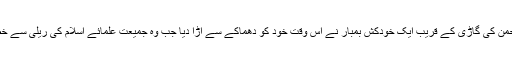
سنہ 2104 میں مولانا فضل الرحمٰن کی گاڑی کے قریب ایک خودکش بمبار نے اس وقت خود کو دھماکے سے اڑا دیا جب وہ جمیعت علمائے اسلام کی ریلی سے خطاب کے بعد واپس جارہے تھے۔